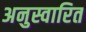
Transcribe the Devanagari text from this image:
अनुस्वारित